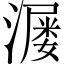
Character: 𬉆